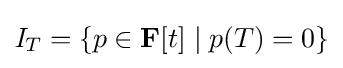
{\mathit {I}}_{T}=\{p\in \mathbf {F} [t]\mid p(T)=0\}